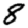
Digit: 8